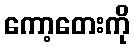
ကော့တေးကို